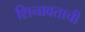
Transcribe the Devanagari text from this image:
शिनावताची